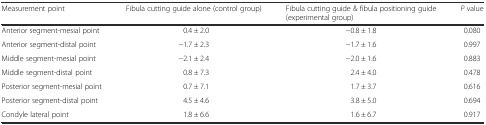
<table><thead><tr><td><b>Measurement point</b></td><td><b>Fibula cutting guide alone (control group)</b></td><td><b>Fibula cutting guide &amp; fibula positioning guide (experimental group)</b></td><td><b><i>P</i> value</b></td></tr></thead><tbody><tr><td>Anterior segment-mesial point</td><td>0.4 ± 2.0</td><td>−0.8 ± 1.8</td><td>0.080</td></tr><tr><td>Anterior segment-distal point</td><td>−1.7 ± 2.3</td><td>−1.7 ± 1.6</td><td>0.997</td></tr><tr><td>Middle segment-mesial point</td><td>−2.1 ± 2.4</td><td>−2.0 ± 1.6</td><td>0.883</td></tr><tr><td>Middle segment-distal point</td><td>0.8 ± 7.3</td><td>2.4 ± 4.0</td><td>0.478</td></tr><tr><td>Posterior segment-mesial point</td><td>0.7 ± 7.1</td><td>1.7 ± 3.7</td><td>0.616</td></tr><tr><td>Posterior segment-distal point</td><td>4.5 ± 4.6</td><td>3.8 ± 5.0</td><td>0.694</td></tr><tr><td>Condyle lateral point</td><td>1.8 ± 6.6</td><td>1.6 ± 6.7</td><td>0.917</td></tr></tbody></table>